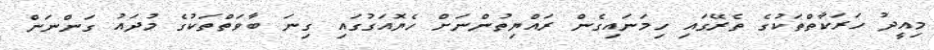
މިއީދު ހަރަކާތްތަކުގެ ތެރޭގައި ހިމަނައިގެން ރައްޔިތުންނަށް ހެޔޮއަގުގައި ގިނަ ބާވަތްތަކުގެ މުދައު ގަންނަން